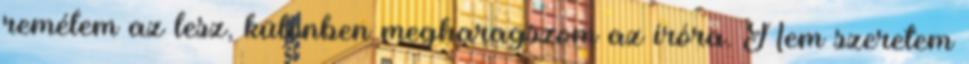
remélem az lesz, különben megharagszom az íróra. Nem szeretem